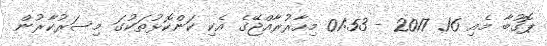
ޕޮގުބާ މެއި 16